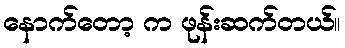
နောက်တော့ က ဖုန်းဆက်တယ်။